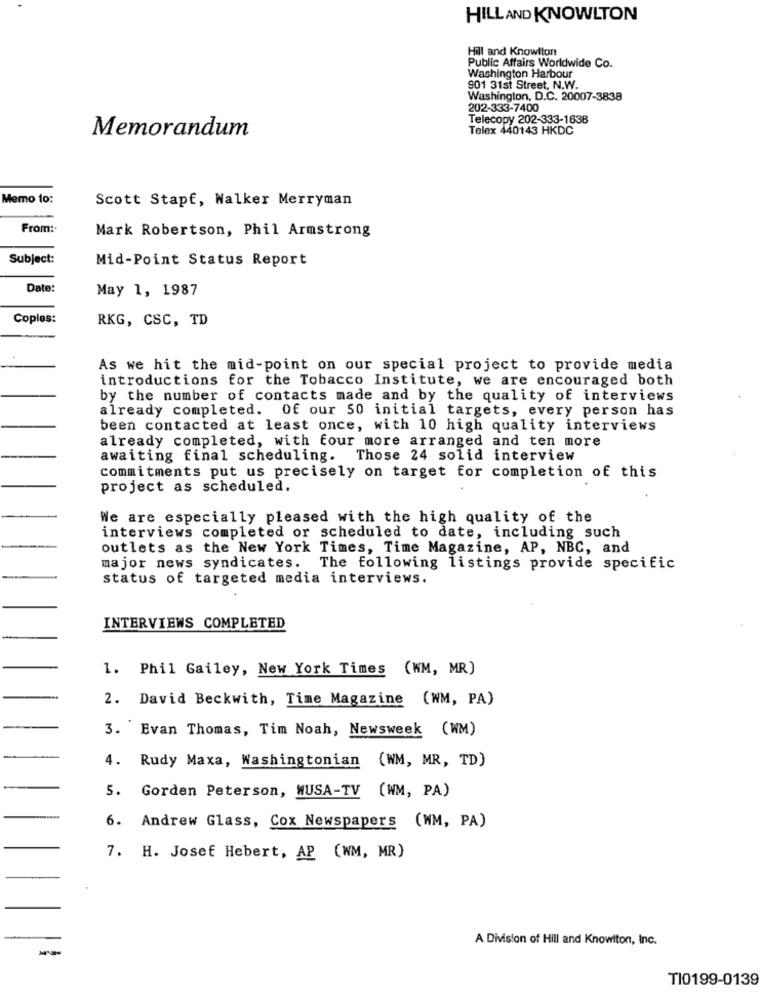
HILL AND KNOWLTON
Hill and Knowlton
Public Affairs Worldwide Co.
Washington Harbour
901 31st Street, N.W.
Washington, D.C. 20007-3838
202-333-7400
Telecopy 202-333-1638
Memorandum
Telex 440143 HKDC
Memo 10:
Scott Stapf, Walker Merryman
From:+
Mark Robertson, Phil Armstrong
Subject:
Mid-Point Status Report
Date:
May 1, 1987
Coples:
RKG, CSC, TD
As we hit the mid-point on our special project to provide media
introductions for the Tobacco Institute, we are encouraged both
by the number of contacts made and by the quality of interviews
already completed. Of our 50 initial targets, every person has
been contacted at least once, with 10 high quality interviews
already completed, with four more arranged and ten more
awaiting final scheduling. Those 24 solid interview
commitments put us precisely on target for completion of this
project as scheduled.
We are especially pleased with the high quality of the
interviews completed or scheduled to date, including such
outlets as the New York Times, Time Magazine, AP, NBC, and
major news syndicates. The following listings provide specific
status of targeted media interviews.
INTERVIEWS COMPLETED
1. Phil Gailey, New York Times (WM, MR)
2. David Beckwith, Time Magazine (WM, PA)
3. Evan Thomas, Tim Noah, Newsweek (WM)
4. Rudy Maxa, Washingtonian (WM, MR, TD)
5. Gorden Peterson, WUSA-TV (WM, PA)
6. Andrew Glass, Cox Newspapers (WM, PA)
7. H. Josef Hebert, AP (WM, MR)
A Division of Hill and Knowlton, Inc.
TI0199-0139